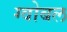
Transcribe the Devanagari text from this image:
ग्वोबल